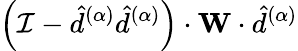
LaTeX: \left(\mathcal{I}-\hat{d}^{(\alpha)}\hat{d}^{(\alpha)}\right)\cdot\mathbf{W}\cdot\hat{d}^{(\alpha)}